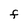
Character: F